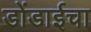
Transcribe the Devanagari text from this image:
डोंडाईचा